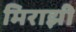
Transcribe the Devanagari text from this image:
मिराझी